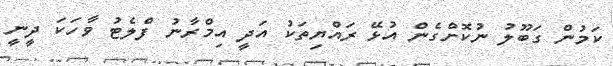
ކަމުން ގަބޫލު ނުކޮށްގެން އުޅޭ ރައްޔިތަކު އަދީ އިމްރާނު ފްލެޓު ވާހަކަ ދީނީ